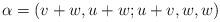
LaTeX: \begin{align*}\alpha = (v+w,u+w;u+v,w,w) \end{align*}